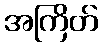
အကြိတ်